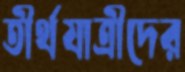
তীর্থযাত্রীদের